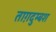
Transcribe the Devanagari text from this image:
ताग़दुम्बश